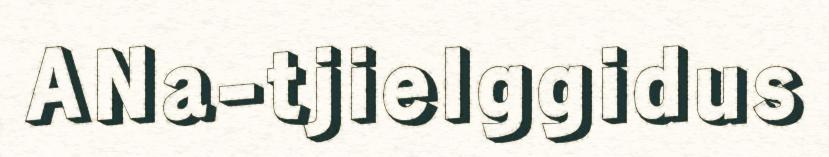
ANa-tjielggidus